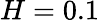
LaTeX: H=0.1